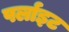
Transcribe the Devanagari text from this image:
पर्लाइट